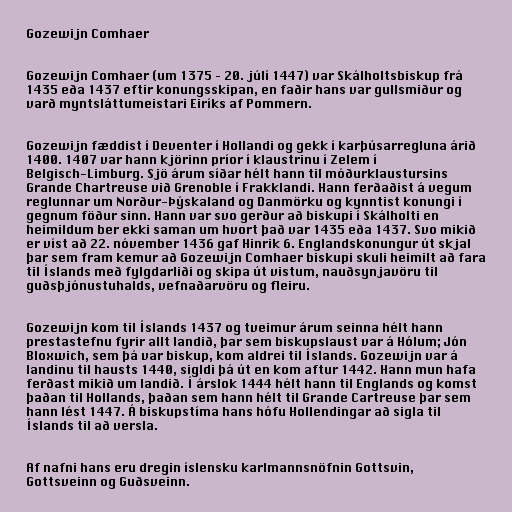
Gozewijn Comhaer

Gozewijn Comhaer (um 1375 – 20. júlí 1447) var Skálholtsbiskup frá
1435 eða 1437 eftir konungsskipan, en faðir hans var gullsmiður og
varð myntsláttumeistari Eiríks af Pommern.

Gozewijn fæddist í Deventer í Hollandi og gekk í karþúsarregluna árið
1400. 1407 var hann kjörinn príor í klaustrinu í Zelem í
Belgisch-Limburg. Sjö árum síðar hélt hann til móðurklaustursins
Grande Chartreuse við Grenoble í Frakklandi. Hann ferðaðist á vegum
reglunnar um Norður-Þýskaland og Danmörku og kynntist konungi í
gegnum föður sinn. Hann var svo gerður að biskupi í Skálholti en
heimildum ber ekki saman um hvort það var 1435 eða 1437. Svo mikið
er víst að 22. nóvember 1436 gaf Hinrik 6. Englandskonungur út skjal
þar sem fram kemur að Gozewijn Comhaer biskupi skuli heimilt að fara
til Íslands með fylgdarliði og skipa út vistum, nauðsynjavöru til
guðsþjónustuhalds, vefnaðarvöru og fleiru.

Gozewijn kom til Íslands 1437 og tveimur árum seinna hélt hann
prestastefnu fyrir allt landið, þar sem biskupslaust var á Hólum; Jón
Bloxwich, sem þá var biskup, kom aldrei til Íslands. Gozewijn var á
landinu til hausts 1440, sigldi þá út en kom aftur 1442. Hann mun hafa
ferðast mikið um landið. Í árslok 1444 hélt hann til Englands og komst
þaðan til Hollands, þaðan sem hann hélt til Grande Cartreuse þar sem
hann lést 1447. Á biskupstíma hans hófu Hollendingar að sigla til
Íslands til að versla.

Af nafni hans eru dregin íslensku karlmannsnöfnin Gottsvin,
Gottsveinn og Guðsveinn.